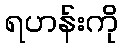
ရဟန်းကို